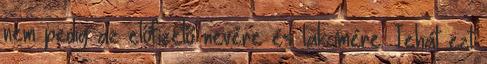
nem pedig az előfizető nevére és lakcímére. Tehát ezt